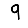
Digit: 9